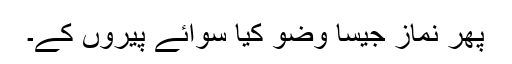
پھر نماز جیسا وضو کیا سوائے پیروں کے۔